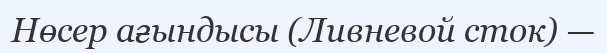
Нөсер ағындысы (Ливневой сток) —